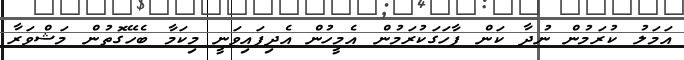
އަމަލު ކުރަމުން ނުދާ ކަން ފާހަގަކުރަމުން އެމީހުން އެދިފައިވަނީ މިކަމާ ބެހޭގޮތުން މަޝްވަރާ